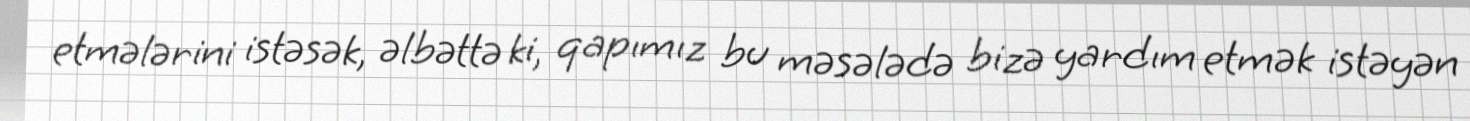
etmələrini istəsək, əlbəttə ki, qapımız bu məsələdə bizə yardım etmək istəyən